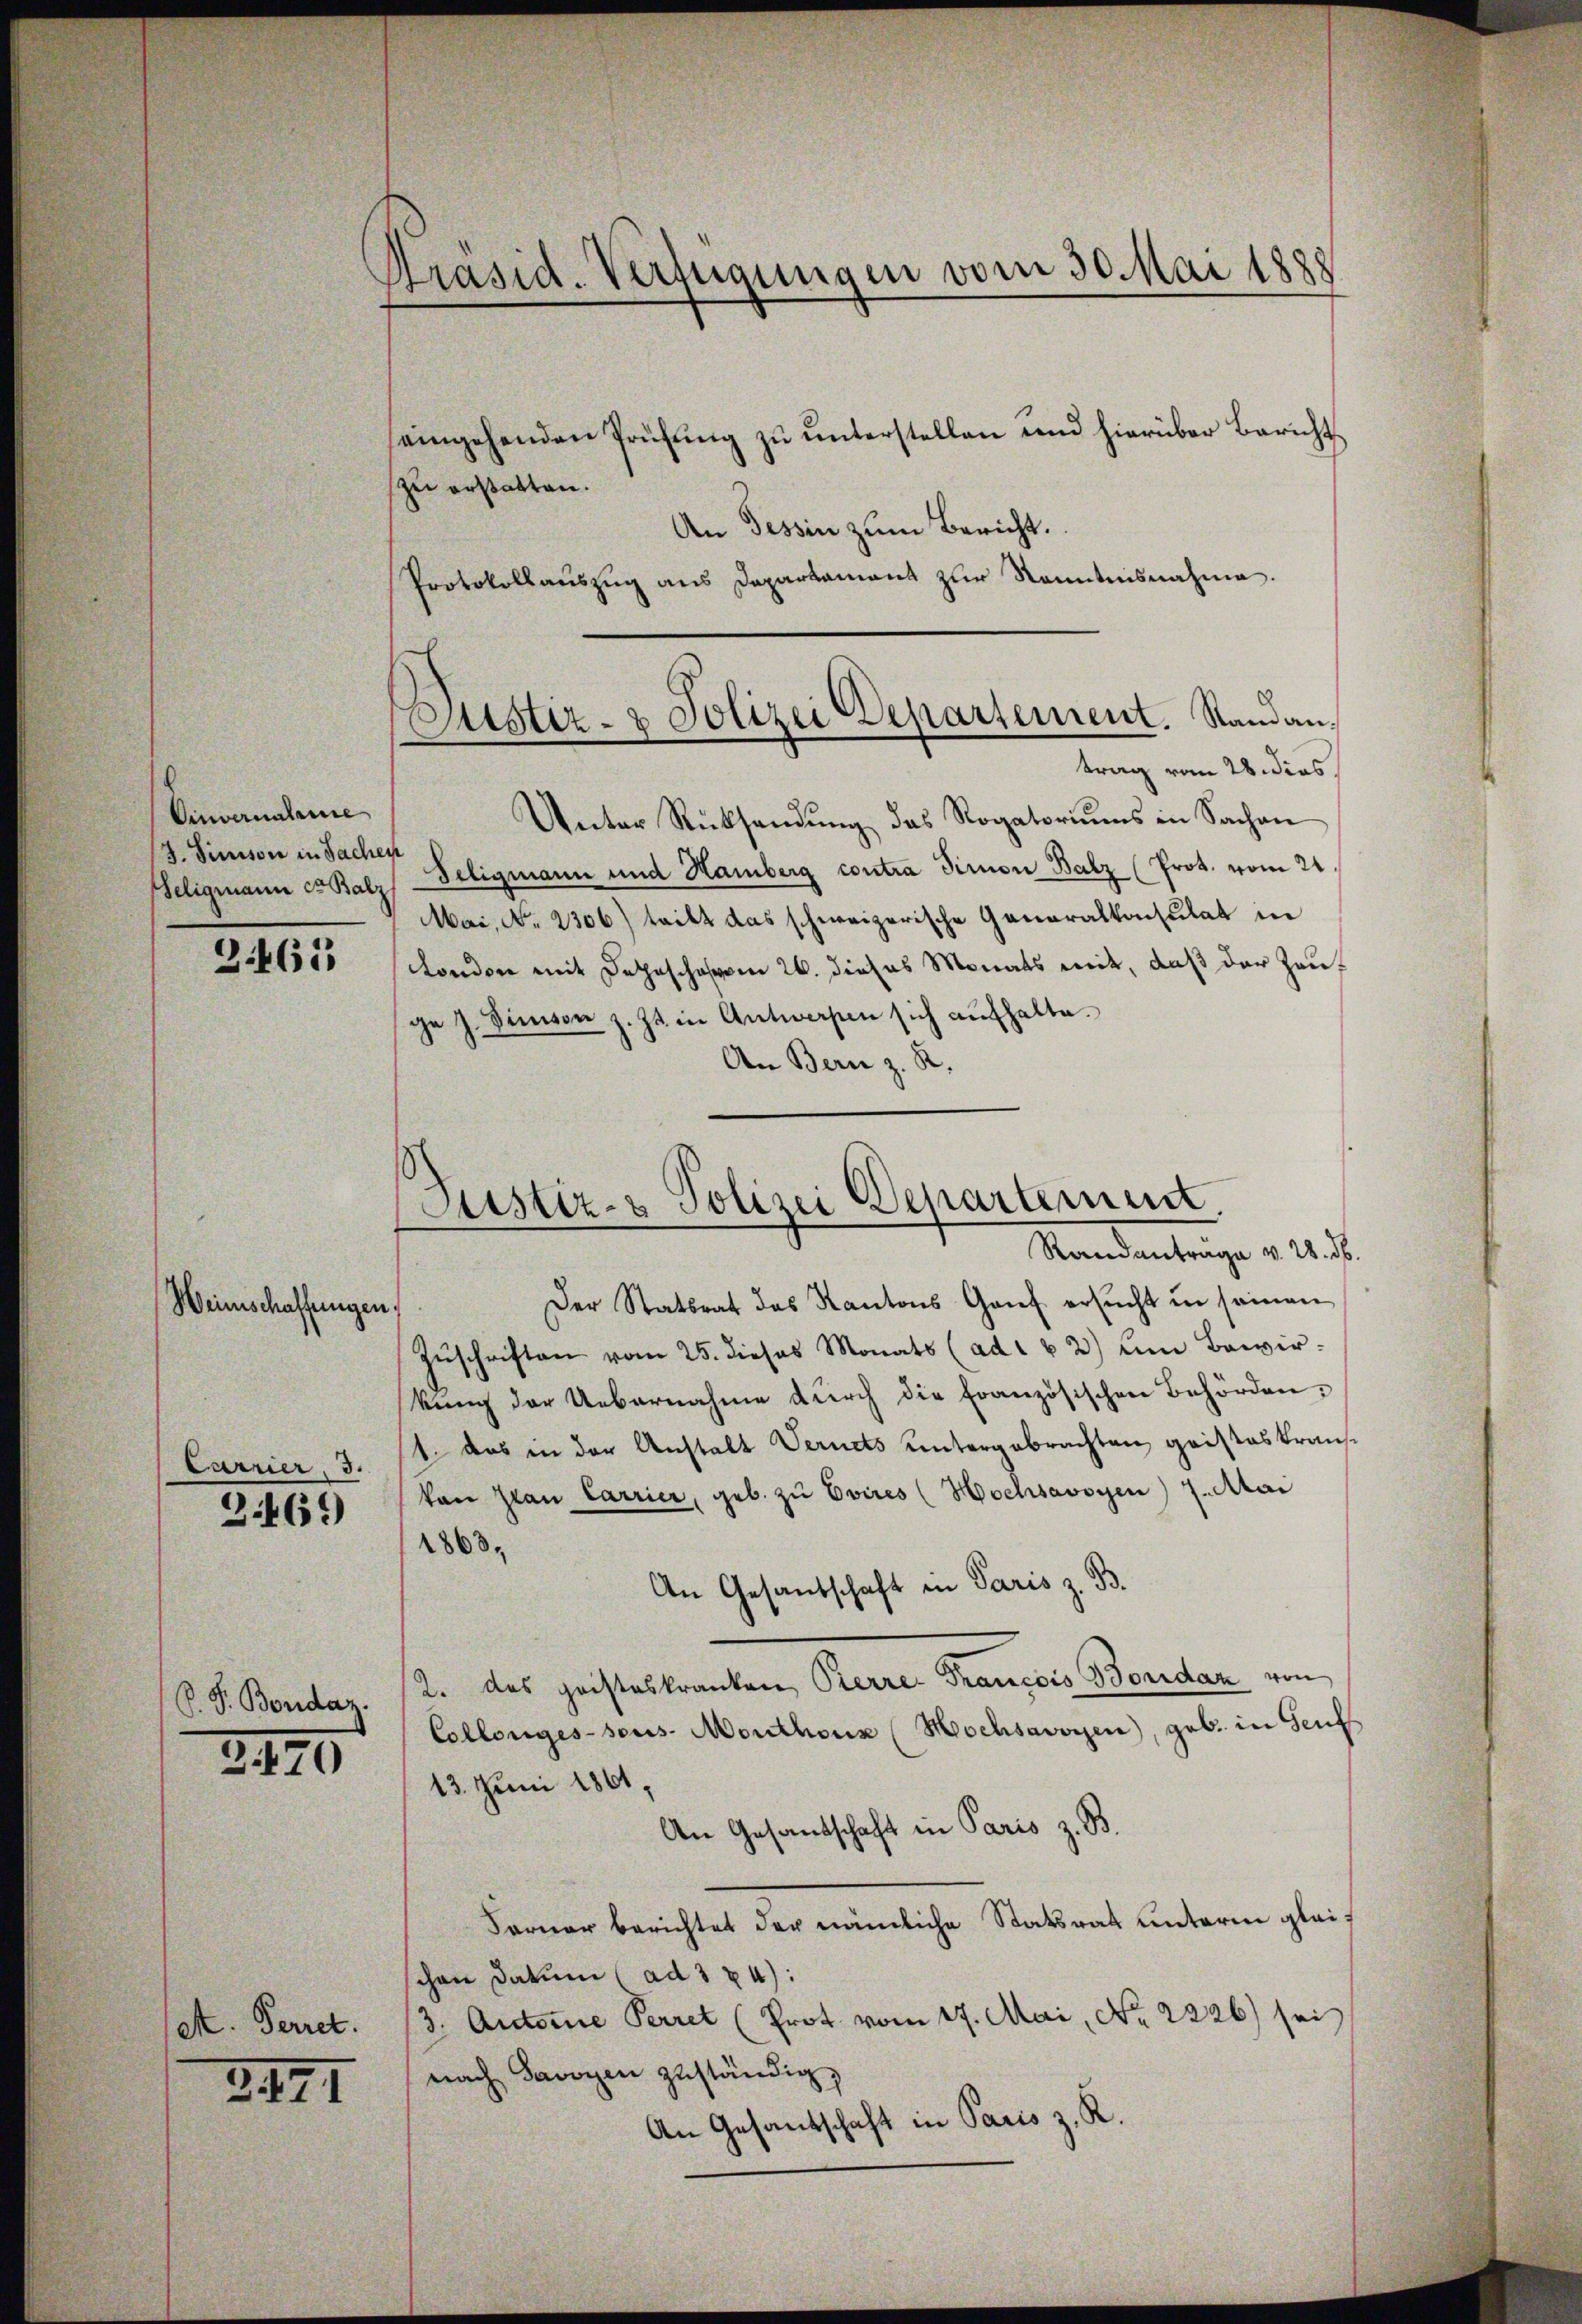
Einvernataire
J. Sinison in Sachen

3463

Weinschaffungen,

Carrier, 3.
2469)

C. S. Bondaz.

3470

et. Ferret.

3471

Präsid. Verfügungen vom 30. Mai 1888

eingehenden Prüfung zu unterstellen und hierüber Bericht
zu erstatten.
An Tessin zŭm Bericht.
Protokollauszug aus Departament zur Kenntnisnahme.
Unter Rücksendung das Rogatoriums in Sachen
Seligmann er Balz-Feligmann und Hamberg contra Simon Balz (Prot. vom 24
Mai, No. 2306) teilt das schweizerische Generalkonsulat in
Kondere mit Dehnschaften 26. dieses Monats mit, daß der Zeuge J. Sinnen z. Zt. in Antworfen sich aufhalte.
An Bern z. R.

Justiz- & Polizei Departement. Standantrag vom 28. dies

Justiz- & Polizei Departemen.
Mandantrage v. 24. d.

Der Statsrat das Kantons Genf ersŭcht in seinen
Zŭschriften vom 25. dieses Monats (ad u. 2) Um Bewir-
kung der Uebernahme durch die Französischen Behörden.
1 das in der Anstalt Vernets untergebrachten geisteskrauskan Jean Carrier, geb. zŭ Evices (Hochsavoyen 7. Mai
1863.
An Gesandschaft in Paris z. B.
2. das Geisteskranken, Pierre Francois Bordar von
Collengessens. Monthonx (Mochsavoyen, geb. in Seuf
13. Juni 1861,
An Gesantschaft in Paris z. B.
Farner berichtet der nämliche Statsrat unterm gleischon Datum (ad 324):
(3. Autore Perret (Prot. vom 17. Mai, No. 2226) sei
nach Savoyen zuständig,
An Gesandtschaft in Paris z. R.